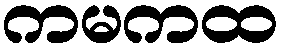
ကမကထ